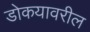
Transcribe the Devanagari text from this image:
डोकयावरील